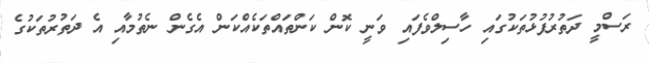
ރަސްމީ ދަތުރުފުޅުތަކުގައި ހާސިލްވެފައި ވަނީ ކޮން ކަންތައްތަކެއްކަން އެގެން ނެތުމާއި އެ ދަތުރުތަކުގެ